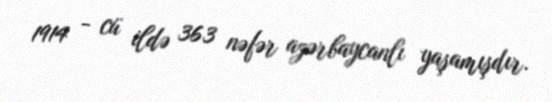
1914 - cü ildə 363 nəfər azərbaycanlı yaşamışdır.